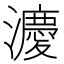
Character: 𪷸